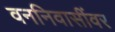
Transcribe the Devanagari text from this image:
वननिवासींवर